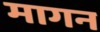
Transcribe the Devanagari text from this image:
मागन